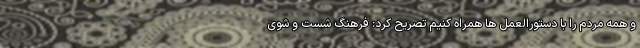
و همه مردم را با دستورالعمل ها همراه کنیم تصریح کرد: فرهنگ شست و شوی